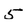
Character: 5